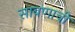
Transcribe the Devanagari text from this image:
साबणाची